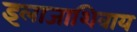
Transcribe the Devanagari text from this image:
इलाजाशिवाय